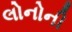
લોનોની